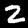
Label: 2